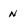
Character: n